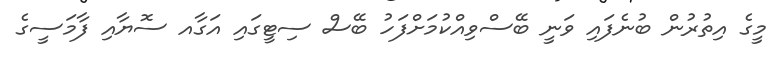
މީގެ އިތުރުން ބުނެފައި ވަނީ ބޭސްވިއްކުމަށްފަހު ބޭސް ސިޓީގައި އަގާއ ސޮޔާއި ފާމަސީގެ